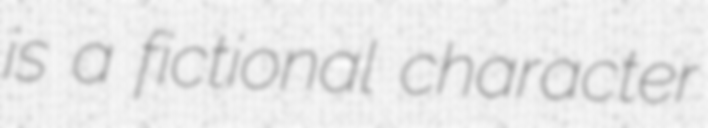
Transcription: is a fictional character